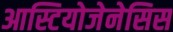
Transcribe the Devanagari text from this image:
आस्टियोजेनेसिस